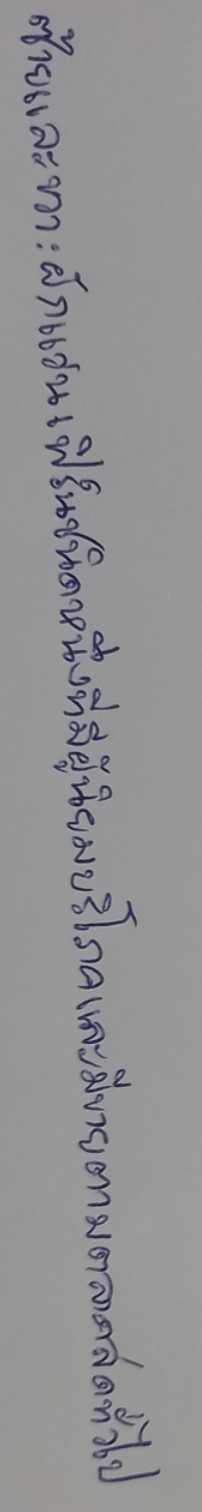
ซ้ายและขวา:ผักแว่นเฟิร์นชนิดหนึ่งที่มีผู้นิยมบริโภคและมีขายตามตลาดสดทั่วไป